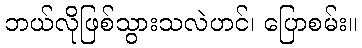
ဘယ်လိုဖြစ်သွားသလဲဟင်၊ ပြောစမ်း။